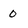
Character: 0